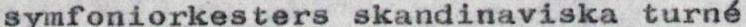
symfoniorkesters skandinaviska turné